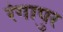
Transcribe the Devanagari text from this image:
रंगापुर